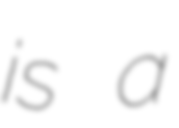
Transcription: is a